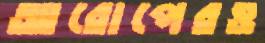
আরোপেরও